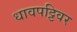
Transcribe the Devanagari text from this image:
धावपट्टिवर